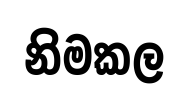
නිමකල